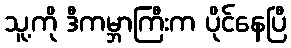
သူ့ကို ဒီကမ္ဘာကြီးက ပိုင်နေပြီ